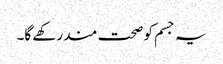
یہ جسم کو صحت مند رکھے گا۔